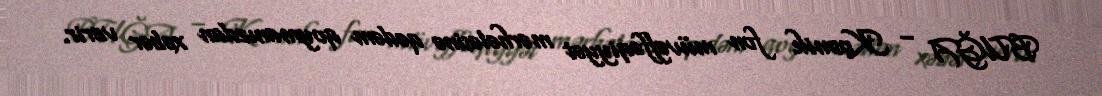
BUĞA – Kosmik fon müvəffəqiyyət mərhələsinə qədəm qoymanızdan xəbər verir.